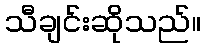
သီချင်းဆိုသည်။